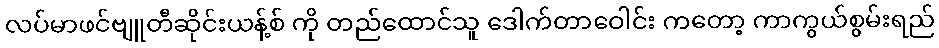
လပ်မာဖင်ဗျူတီဆိုင်းယန့်စ် ကို တည်ထောင်သူ ဒေါက်တာဝေါင်း ကတော့ ကာကွယ်စွမ်းရည်